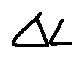
\Delta L